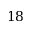
1 8